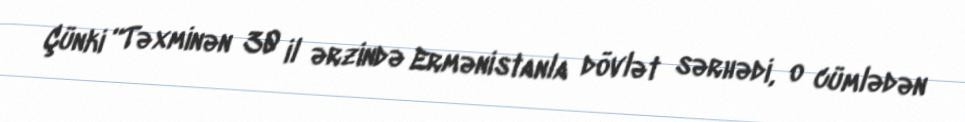
Çünki “Təxminən 30 il ərzində Ermənistanla dövlət sərhədi, o cümlədən